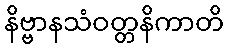
နိဗ္ဗာနသံဝတ္တနိကာတိ